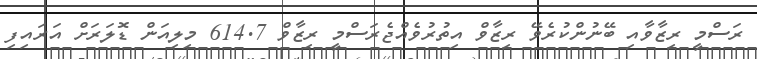
ރަސްމީ ރިޒާވާއި ބޭނުންކުރެވޭ ރިޒާވް އިތުރުވެއްޖެރަސްމީ ރިޒާވް 614.7 މިލިއަން ޑޮލަރަށް އަރައިފި